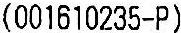
(001610235-P)